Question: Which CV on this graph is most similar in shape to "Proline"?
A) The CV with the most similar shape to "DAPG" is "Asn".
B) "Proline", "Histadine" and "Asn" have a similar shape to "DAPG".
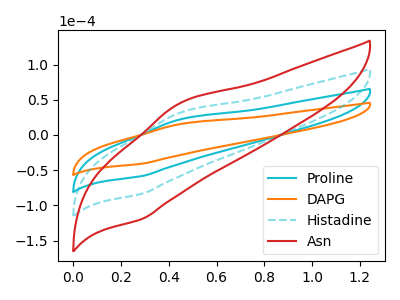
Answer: <think>The cyan curve "Proline" has an anodic peak at (0.45V, 21.95uA) and a cathodic peak at (0.30V, -58.35uA). The orange curve "DAPG" has an anodic peak at (0.45V, 15.35uA) and a cathodic peak at (0.30V, -40.80uA). The cyan dashed curve "Histadine" has an anodic peak at (0.45V, 43.90uA) and a cathodic peak at (0.30V, -116.70uA). The red curve "Asn" has an anodic peak at (0.45V, 65.85uA) and a cathodic peak at (0.30V, -175.10uA).
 All the peaks in "Proline" have a peak in "DAPG" at the same potential. Every peak in "Proline" is higher than every peak in "DAPG". All the peaks in "Proline" have a peak in "Histadine" at the same potential. Every peak in "Proline" is lower than every peak in "Histadine". All the peaks in "Proline" have a peak in "Asn" at the same potential. Every peak in "Proline" is lower than every peak in "Asn". All the peaks in "DAPG" have a peak in "Histadine" at the same potential. Every peak in "DAPG" is lower than every peak in "Histadine". All the peaks in "DAPG" have a peak in "Asn" at the same potential. Every peak in "DAPG" is lower than every peak in "Asn". All the peaks in "Histadine" have a peak in "Asn" at the same potential. Every peak in "Histadine" is lower than every peak in "Asn".</think>
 <answer>B) "Proline", "Histadine" and "Asn" have a similar shape to "DAPG".</answer>
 <eval>B</eval>